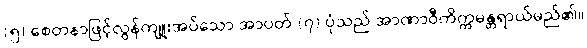
(၅) စေတနာဖြင့်လွန်ကျူးအပ်သော အာပတ် (၇) ပုံသည် အာဏာဝီကိက္ကမန္တရာယ်မည်၏။